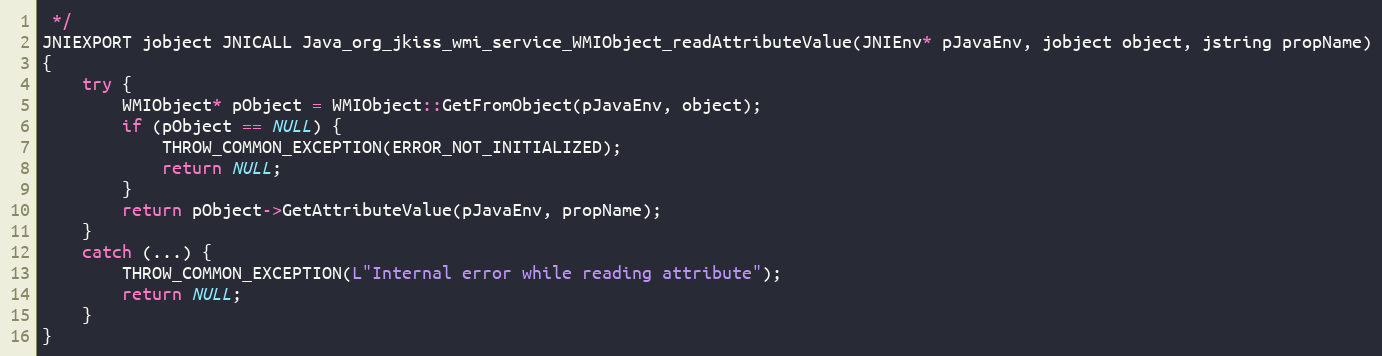
Language: C++
 */
JNIEXPORT jobject JNICALL Java_org_jkiss_wmi_service_WMIObject_readAttributeValue(JNIEnv* pJavaEnv, jobject object, jstring propName)
{
	try {
		WMIObject* pObject = WMIObject::GetFromObject(pJavaEnv, object);
		if (pObject == NULL) {
			THROW_COMMON_EXCEPTION(ERROR_NOT_INITIALIZED);
			return NULL;
		}
		return pObject->GetAttributeValue(pJavaEnv, propName);
	}
	catch (...) {
		THROW_COMMON_EXCEPTION(L"Internal error while reading attribute");
		return NULL;
	}
}